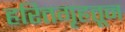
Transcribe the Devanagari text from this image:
हरितगृहतून